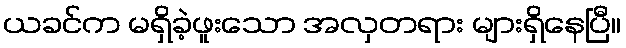
ယခင်က မရှိခဲ့ဖူးသော အလှတရား များရှိနေပြီ။